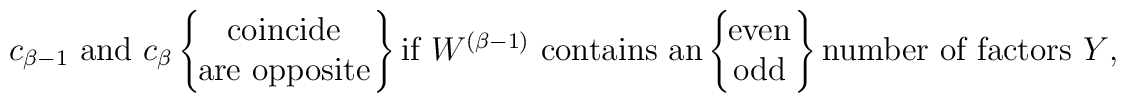
{\mbox{$c_{\beta-1}$ and $c_\beta$}} \left\{ \!\!\!\begin{array}{c} {\mbox{coincide}} \\ {\mbox{are opposite}} \end{array} \!\!\right\}{\mbox{if $W^{(\beta-1)}$ contains an}} \left\{ \!\!\!\begin{array}{c} {\mbox{even}} \\ {\mbox{odd}} \end{array} \!\!\right\}{\mbox{number of factors $Y$,}}